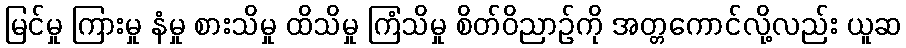
မြင်မှု ကြားမှု နံမှု စားသိမှု ထိသိမှု ကြံသိမှု စိတ်ဝိညာဉ်ကို အတ္တကောင်လို့လည်း ယူဆ